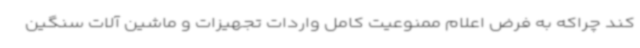
کند چراکه به فرض اعلام ممنوعیت کامل واردات تجهیزات و ماشین آلات سنگین